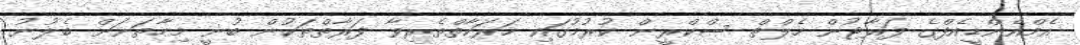
އެމްއެންޑީއެފްގެ ފަރާޓުން ހެލްތް ސްކްރީން ކުރުމުގައި ހަރަކާތްތެރިވާ ފަރާތްތަކުން ބުނީ މިހާތަނަށް ބެލުނު